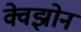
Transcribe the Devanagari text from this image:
क्वेझोन